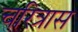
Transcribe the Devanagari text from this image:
चरित्रास